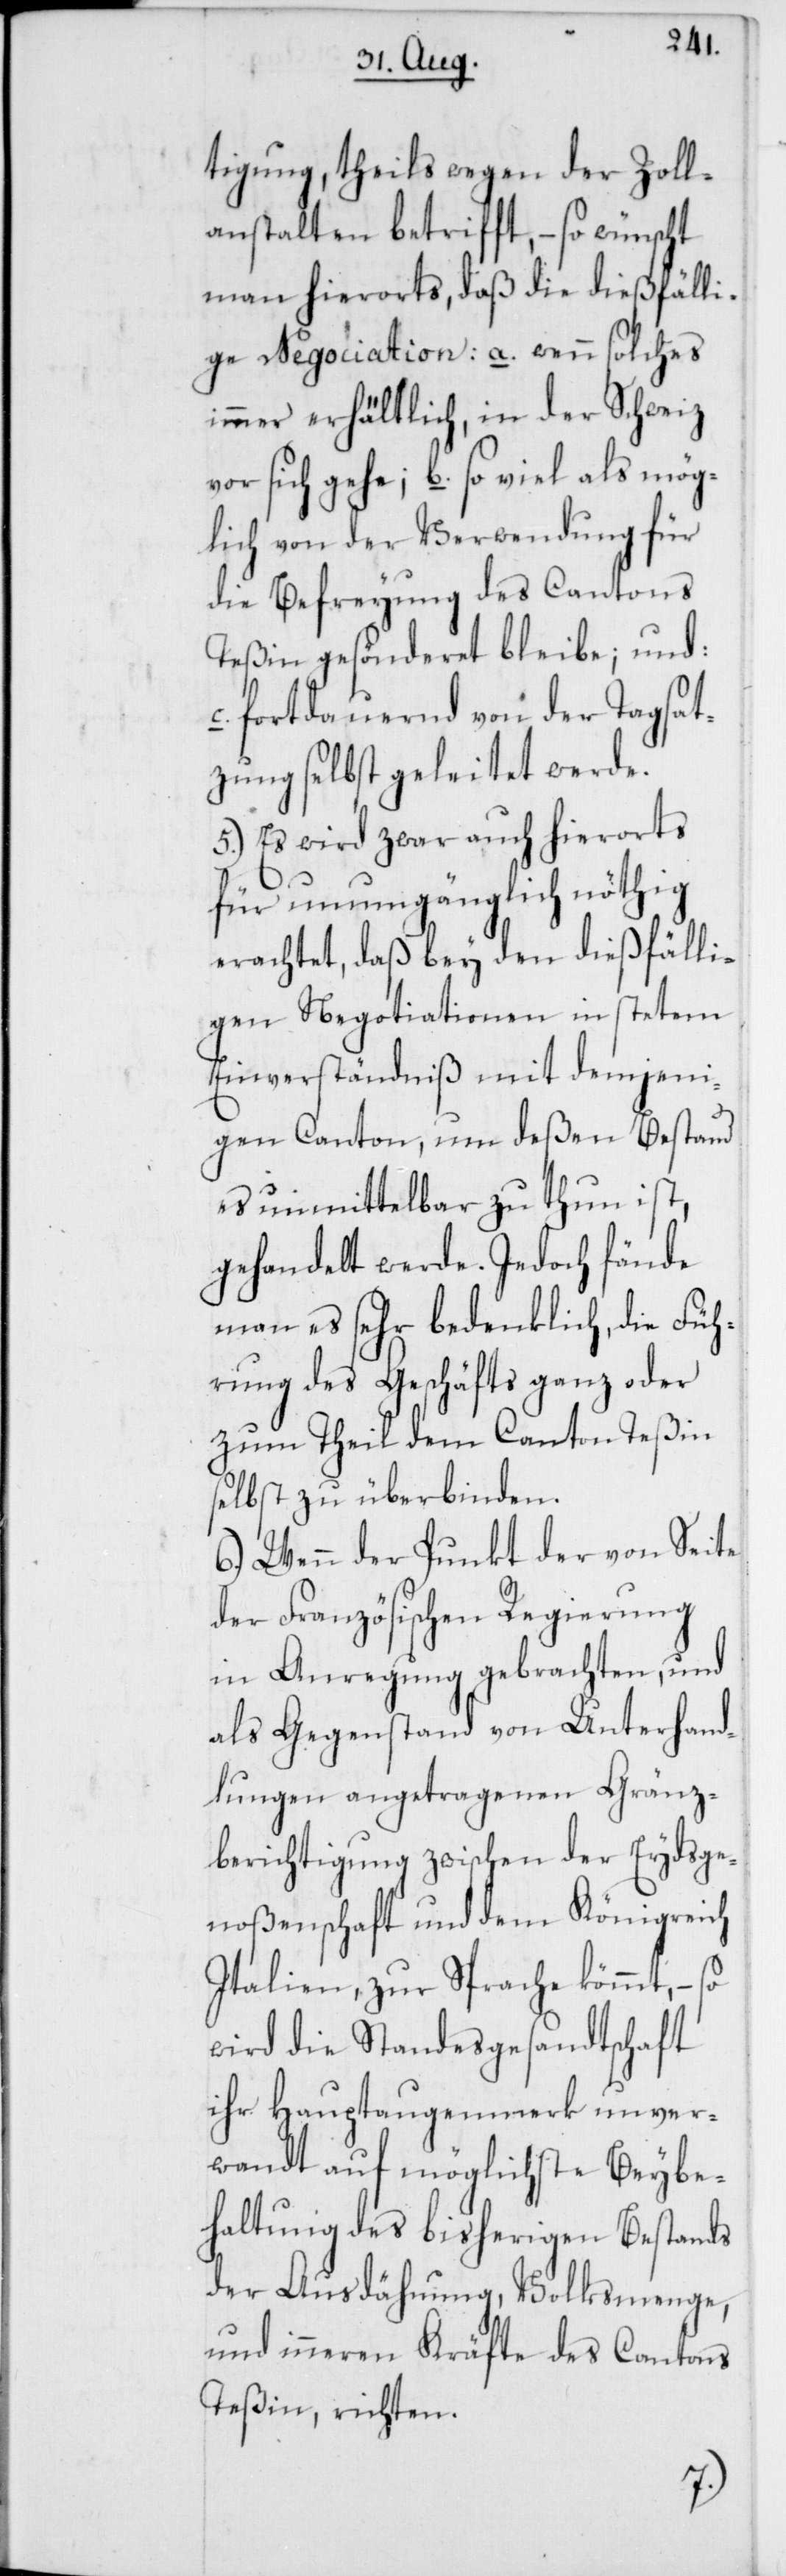
tigung, theils wegen der Zoll¬
anstalten betrifft, – so wünscht
man hierorts, daß die dießfälli¬
ge Negociation: a. wenn solches
immer erhältlich, in der Schweiz
vor sich gehe; b. so viel als mög¬
lich von der Verwendung für
die Befreyung des Cantons
Teßin gesönderet bleibe; und:
c. fortdauernd von der Tagsat¬
zung selbst geleitet werde.
5.) Es wird zwar auch hierorts
für unumgänglich nöthig
erachtet, daß bey den dießfälli¬
gen Negotiationen in stetem
Einverständniß mit demjeni¬
gen Canton, um deßen Bestand
es unmittelbar zu thun ist,
gehandelt werde. Jedoch fände
man es sehr bedenklich, die Füh¬
rung des Geschäfts ganz oder
zum Theil dem Canton Teßin
selbst zu überbinden.
6.) Wenn der Punkt der von Seite
der Französischen Regierung
in Anregung gebrachten, und
als Gegenstand von Unterhand¬
lungen angetragenen Gränz¬
berichtigung zwischen der Eydsge¬
noßenschaft und dem Königreich
Italien, zur Sprache kömmt, – so
wird die Standesgesandtschaft
ihr Hauptaugenmerk unver¬
wandt auf möglichste Beybe¬
haltung des bisherigen Bestands
der Ausdähnung, Volksmenge,
und inneren Kräfte des Cantons
Teßin, richten.